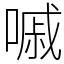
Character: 嘁